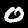
Digit: 0